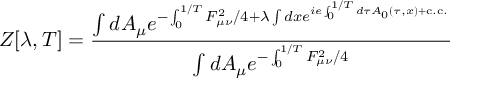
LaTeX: Z [ \lambda , T ] = \frac { \int d A _ { \mu } e ^ { - \int _ { 0 } ^ { 1 / T } F _ { \mu \nu } ^ { 2 } / 4 + \lambda \int d x e ^ { i e \int _ { 0 } ^ { 1 / T } d \tau A _ { 0 } ( \tau , x ) + \mathrm { c . c . } } } } { \int d A _ { \mu } e ^ { - \int _ { 0 } ^ { 1 / T } F _ { \mu \nu } ^ { 2 } / 4 } }